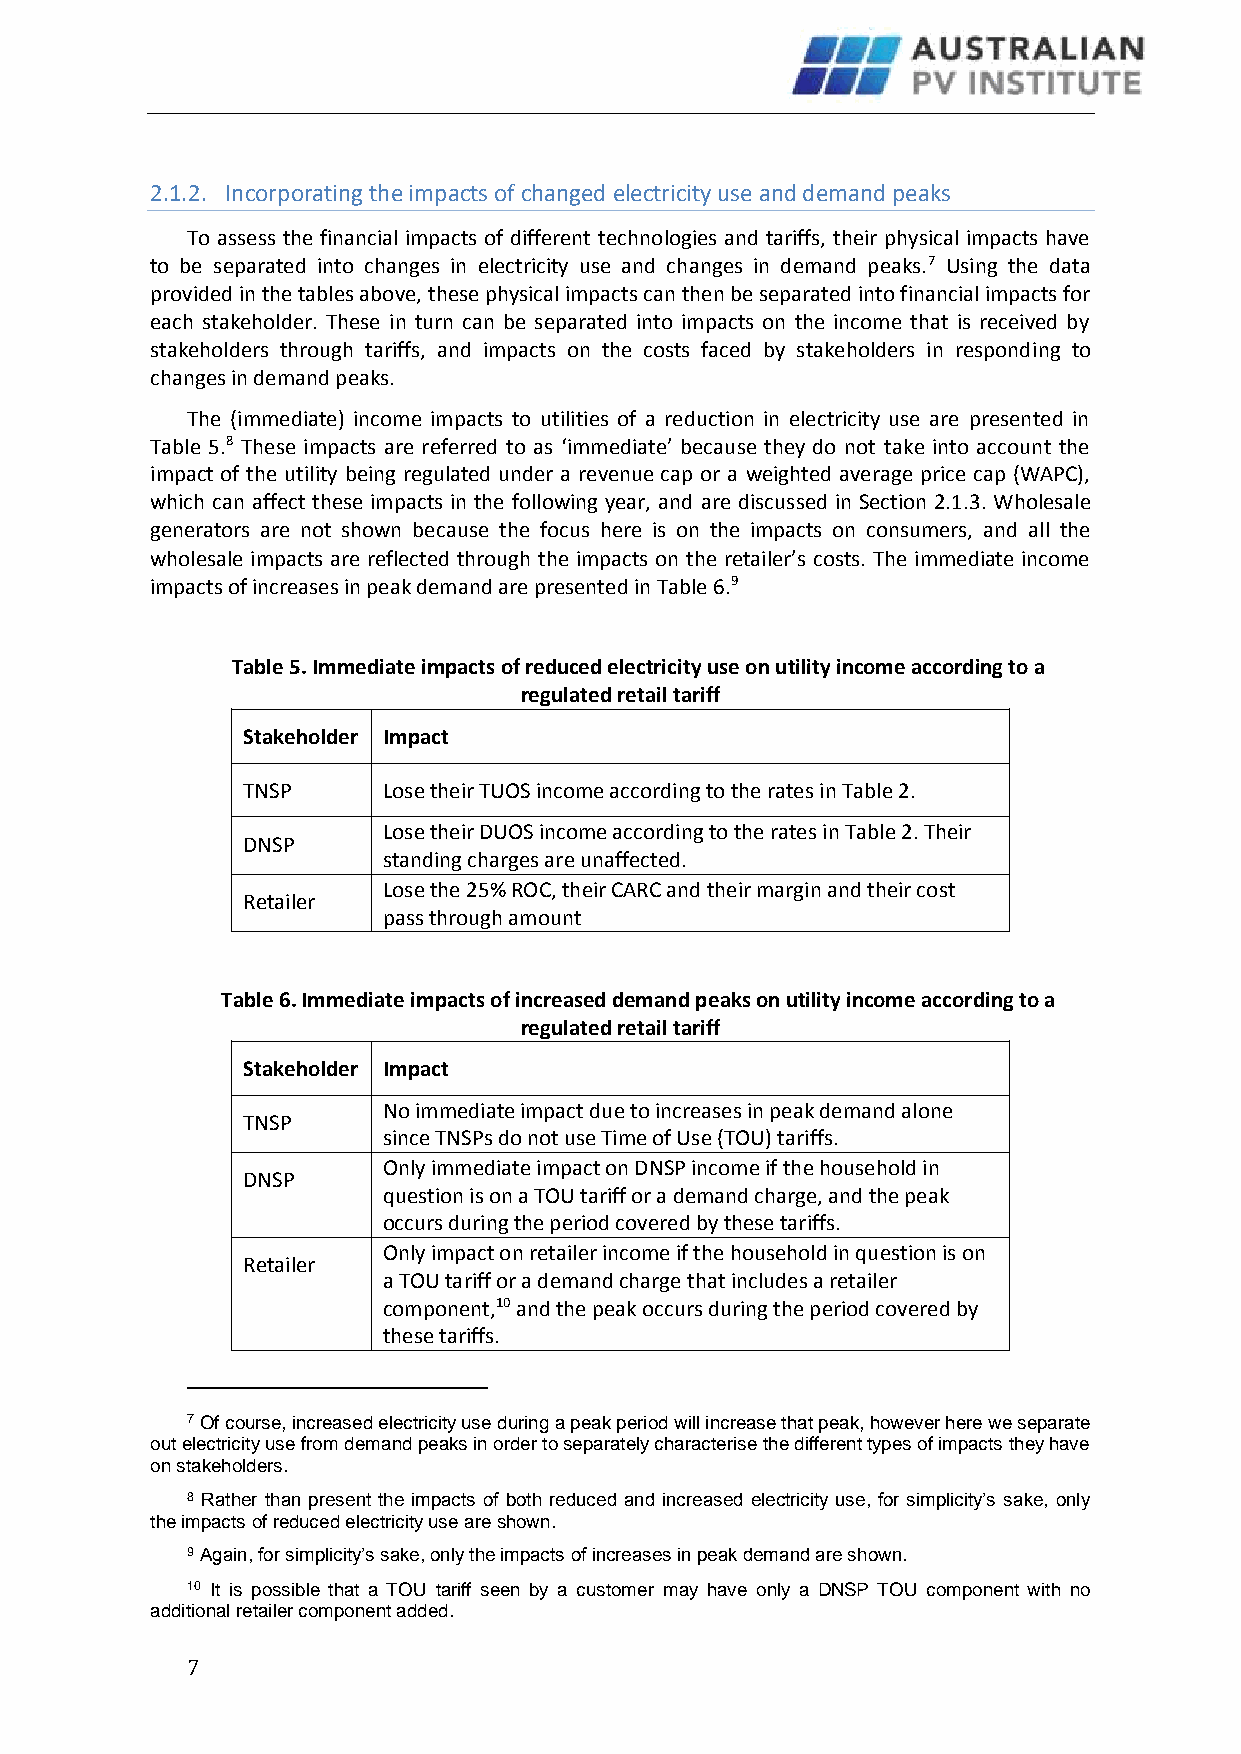
2.1.2. Incorporating the impacts of changed electricity use and demand peaks
 To assess the financial impacts of different technologies and tariffs, their physical impacts have
 to be separated into changes in electricity use and changes in demand peaks.7 Using the data
 provided in the tables above, these physical impacts can then be separated into financial impacts for
 each stakeholder. These in turn can be separated into impacts on the income that is received by
 stakeholders through tariffs, and impacts on the costs faced by stakeholders in responding to
 changes in demand peaks.
 The (immediate) income impacts to utilities of a reduction in electricity use are presented in
 Table 5.8 These impacts are referred to as ‘immediate’ because they do not take into account the
 impact of the utility being regulated under a revenue cap or a weighted average price cap (WAPC),
 which can affect these impacts in the following year, and are discussed in Section 2.1.3. Wholesale
 generators are not shown because the focus here is on the impacts on consumers, and all the
 wholesale impacts are reflected through the impacts on the retailer’s costs. The immediate income
 impacts of increases in peak demand are presented in Table 6.9
 Table 5. Immediate impacts of reduced electricity use on utility income according to a
 regulated retail tariff
 Stakeholder Impact
 TNSP     Lose their TUOS income according to the rates in Table 2.
 Lose their DUOS income according to the rates in Table 2. Their
 DNSP
 standing charges are unaffected.
 Lose the 25% ROC, their CARC and their margin and their cost
 Retailer
 pass through amount
 Table 6. Immediate impacts of increased demand peaks on utility income according to a
 regulated retail tariff
 Stakeholder Impact
 No immediate impact due to increases in peak demand alone
 TNSP
 since TNSPs do not use Time of Use (TOU) tariffs.
 Only immediate impact on DNSP income if the household in
 DNSP
 question is on a TOU tariff or a demand charge, and the peak
 occurs during the period covered by these tariffs.
 Only impact on retailer income if the household in question is on
 Retailer
 a TOU tariff or a demand charge that includes a retailer
 component,10 and the peak occurs during the period covered by
 these tariffs.
 7 Of course, increased electricity use during a peak period will increase that peak, however here we separate
 out electricity use from demand peaks in order to separately characterise the different types of impacts they have
 on stakeholders.
 8 Rather than present the impacts of both reduced and increased electricity use, for simplicity’s sake, only
 the impacts of reduced electricity use are shown.
 9 Again, for simplicity’s sake, only the impacts of increases in peak demand are shown.
 10 It is possible that a TOU tariff seen by a customer may have only a DNSP TOU component with no
 additional retailer component added.
 7